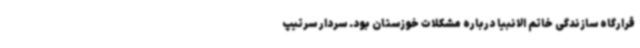
قرارگاه سازندگی خاتم الانبیا درباره مشکلات خوزستان بود. سردار سرتیپ